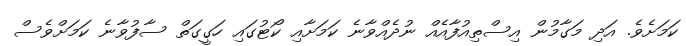
ކަމަށެވެ. އަދި މަގާމުން އިސްތިއުފާއެއް ނުދެއްވާނެ ކަމަށާއި ކޯޓުގައި ހަގީގަތް ސާފުވާނެ ކަމަށްވެސް